Trukikaitis_Postimees, lk 196
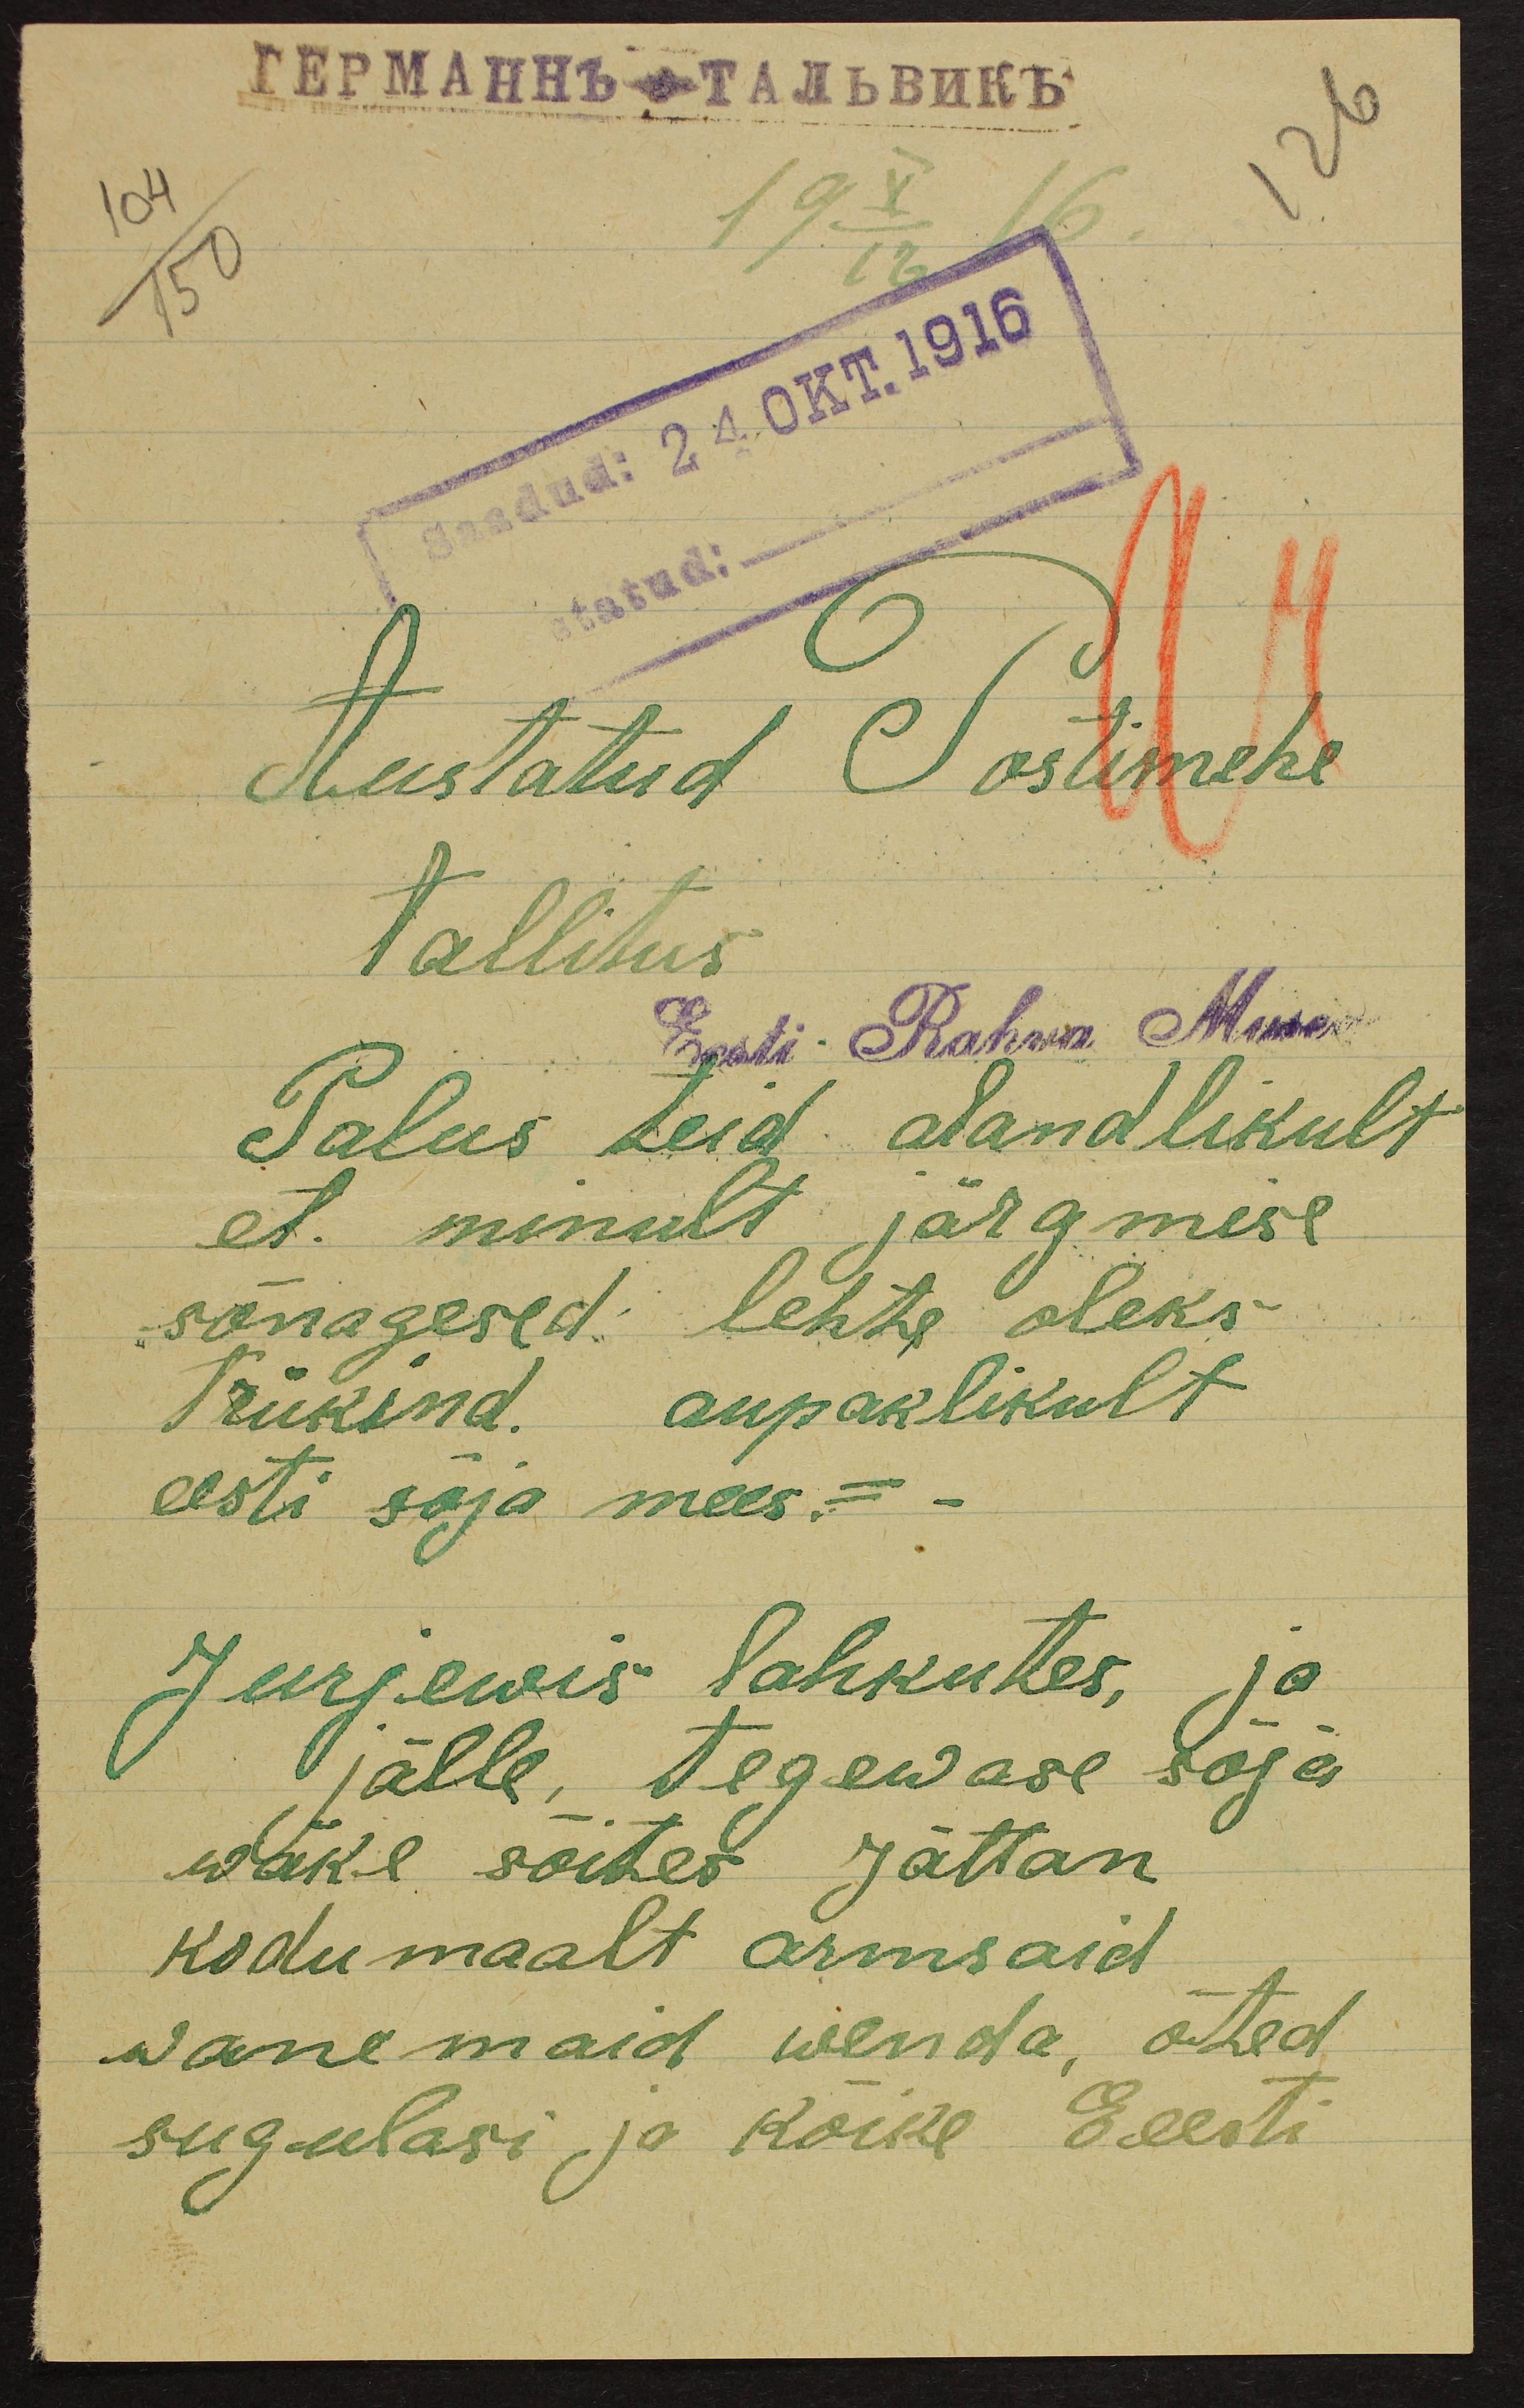
104
126
150
19 X 16 16.
Saadud: 24 OKT.1916
statud.
Austatud Postimehe
tallitus
Eesti Rahwa Muse
Palus teid alandlikult
et minult järgmise
sõnagesed lehte oleks
trükind. aupaklikult
eesti sõja mees. -
Jurjewis lahkutes, ja
jälle, tegewase sõja
wäke sõites Jättan
kodumaalt armsaid
wanemaid wenda, õted
sugulasi ja kõike Eeesti